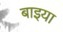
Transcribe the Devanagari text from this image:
बाइया